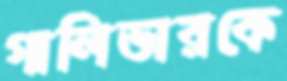
গালিভারকে